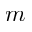
m